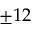
\pm 1 2